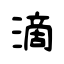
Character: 滴